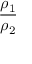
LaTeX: \frac { \rho _ { 1 } } { \rho _ { 2 } }